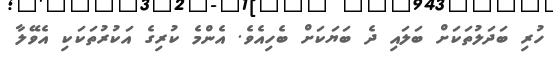
ހުރި ބަދަލުތަކަށް ބަލައި ދެ ބަޔަކަށް ބެހިއެވެ. އެންމެ ކުރިގެ އަކުރުތަކަކި އެވޭލާ